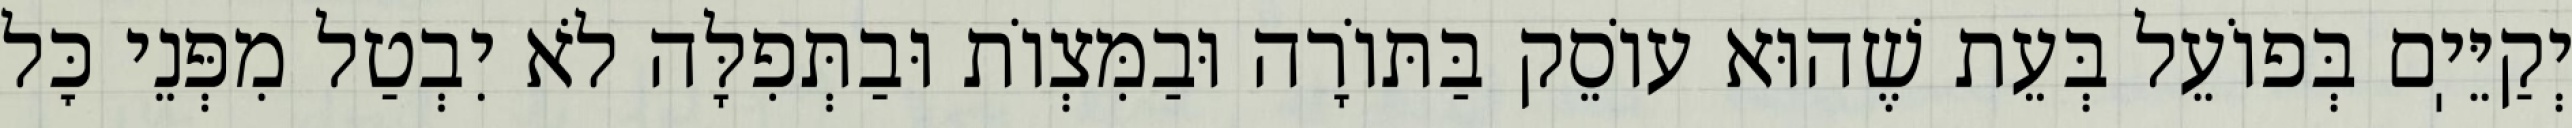
יְקַיֵּיֽם בְּפוֹעֵל בְּעֵת שֶׁהוּא עוֹסֵק בַּתּוֹרָה וּבַמִּצְוֹת וּבַתְּפִלָּה לֹא יִבְטַל מִפְּנֵי כׇּל